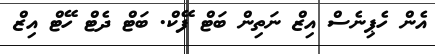
އެން ހެޕިނެސް އިޒް ނަތިން ބަޓް ފޭކް. ބަޓް ދެޓް ހޭޓް އިޒް